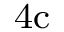
_ \mathrm { 4 c }